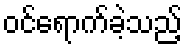
ဝင်ရောက်ခဲ့သည့်